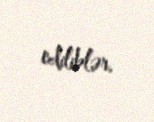
ediliblər.